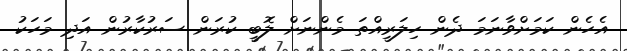
އެހެން ކަމަށްވާނަަމަ ދެން ހިލަރީއްތަ މެންނަށް ލޮބީ ކުރަން ސަރުކާރުން އަދި މަހަކު